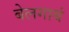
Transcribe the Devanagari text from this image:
बेलगाबं